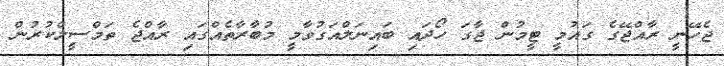
ޖެހޭނީ ރާއްޖޭގެ ގައުމީ ޓީމުން ޖާގަ ހޯދައި ބައިނަލްއަގުވާމީ މުބާރާތެއްގައި ރާއްޖެ ތަމްސީލްކުރުން